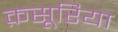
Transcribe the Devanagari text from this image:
क़सूरिया